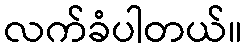
လက်ခံပါတယ်။